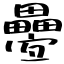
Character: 疉